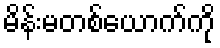
မိန်းမတစ်ယောက်ကို